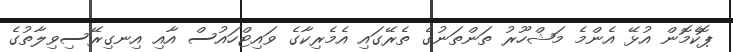
ޕޮކެމޮން އުޅޭ އެންމެ މަޝްހޫރު ތަންތަނުގެ ތެރޭގައި އެމެރިކާގެ ވައިޓްހައުސް އާއި އިނގިރޭސިވިލާތުގެ